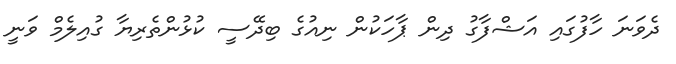
ދެވަނަ ހާފުގައި އަޝްފާގު ދިން ޕާހަކުން ނިއުގެ ބިދޭސީ ކުޅުންތެރިޔާ ގުއިލެމް ވަނީ